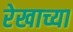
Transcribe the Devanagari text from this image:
रेखाच्या